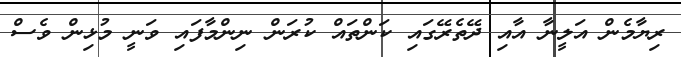
ރިޔާމެން އަލީނާ އާއި ދޭތެރޭގައި ކަންތައް ކުރަން ނިންމާފައި ވަނީ މުޅިން ވެސް